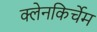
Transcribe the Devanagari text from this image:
क्लेनकिर्चेम